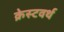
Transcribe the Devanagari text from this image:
क्रेस्टवर्थ